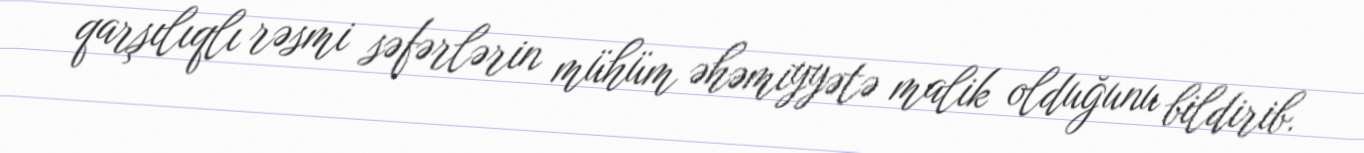
qarşılıqlı rəsmi səfərlərin mühüm əhəmiyyətə malik olduğunu bildirib.